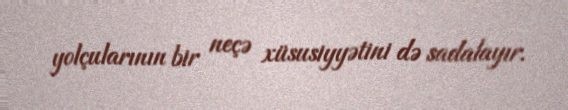
yolçularının bir neçə xüsusiyyətini də sadalayır.